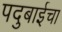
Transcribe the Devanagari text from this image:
पदुबाईचा